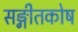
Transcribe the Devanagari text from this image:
सङ्गीतकोष